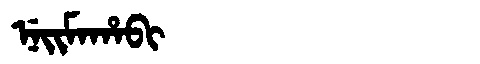
Manchu: ᠨᡝᡳᠮᠠᡥᠠᠪᡳ
Romanization: NEIMAHABI